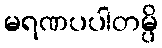
မရဏပပါတမ္ပိ